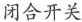
闭合开关